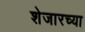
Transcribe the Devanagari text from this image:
शेजारच्‍या